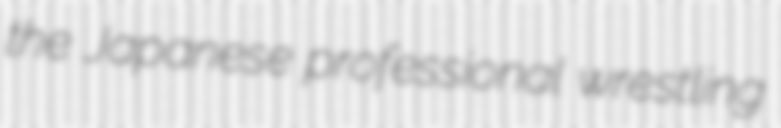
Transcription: the Japanese professional wrestling